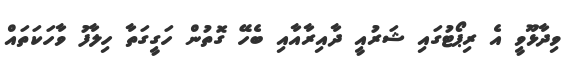
ވިދާޅޫވީ އެ ރިޕޯޓުގައި ޝަރުއީ ދާއިރާއާއި ބެހޭ ގޮތުން ހަގީގަތާ ހިލާފު ވާހަކަތައް